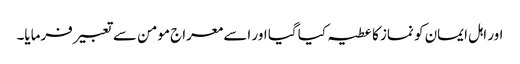
اور اہل ایمان کو نماز کا عطیہ کیا گیا اور اسے معراج مومن سے تعبیر فرمایا۔